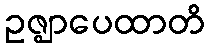
ဥဇ္ဈာပေထာတိ